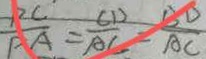
\frac { P C } { P A } = \frac { C D } { A C } = \frac { B D } { A C }